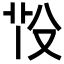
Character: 𦭇